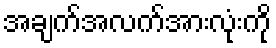
အချက်အလက်အားလုံးကို